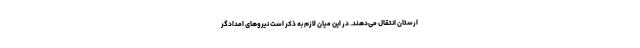
ارستان انتقال می‌دهند. در این میان لازم به ذکر است نیرو‌های امدادگر